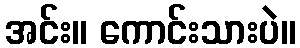
အင်း။ ကောင်းသားပဲ။